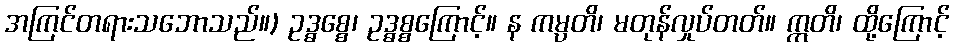
အကြင်တရားသဘောသည်။) ဥဒ္ဓစ္စေ၊ ဥဒ္ဓစ္စကြောင့်။ န ကမ္ပတိ၊ မတုန်လှုပ်တတ်။ ဣတိ၊ ထို့ကြောင့်